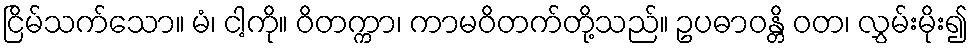
ငြိမ်သက်သော။ မံ၊ ငါ့ကို။ ဝိတက္ကာ၊ ကာမဝိတက်တို့သည်။ ဥပဓာဝန္တိ ဝတ၊ လွှမ်းမိုး၍